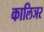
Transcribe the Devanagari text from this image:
कालिञर